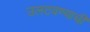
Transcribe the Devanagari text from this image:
उलटवण्याची